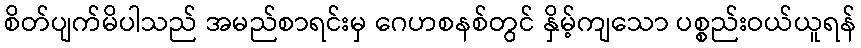
စိတ်ပျက်မိပါသည် အမည်စာရင်းမှ ဂေဟစနစ်တွင် နှိမ့်ကျသော ပစ္စည်းဝယ်ယူရန်